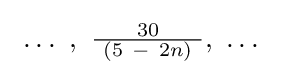
\ \ldots \ ,\ {\tfrac {30}{\ \left(5\ -\ 2n\right)\ }},\ \ldots \